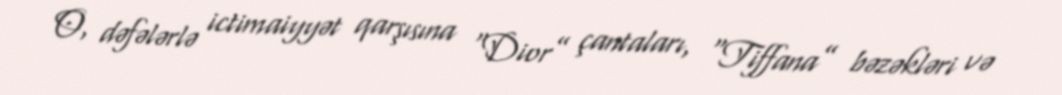
O, dəfələrlə ictimaiyyət qarşısına “Dior” çantaları, “Tiffana” bəzəkləri və